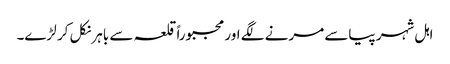
اہل شہر پیاسے مرنے لگے اور مجبوراً قلعہ سے باہر نکل کر لڑے۔